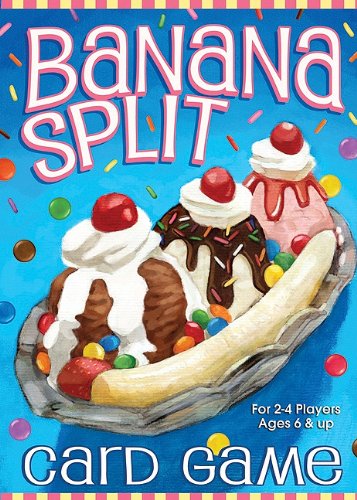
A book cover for Banana Split Card Game; Jody Boginski & Lynn Araujo; Humor & Entertainment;